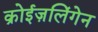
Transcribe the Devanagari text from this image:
क्रोईज़लिंगेन